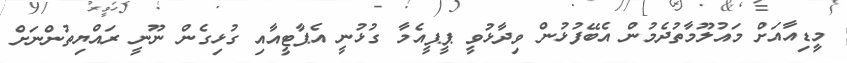
މީިޑިއާއަށް މައުލޫމާތުދެމުން އެބޭފުޅުން ވިދާޅުވީ ޕީޕީއެމާ ގުޅުނީ އެޕާޓީއާއި ގުޅިގެން ނޫނީ ރައްޔިތުންނަށް